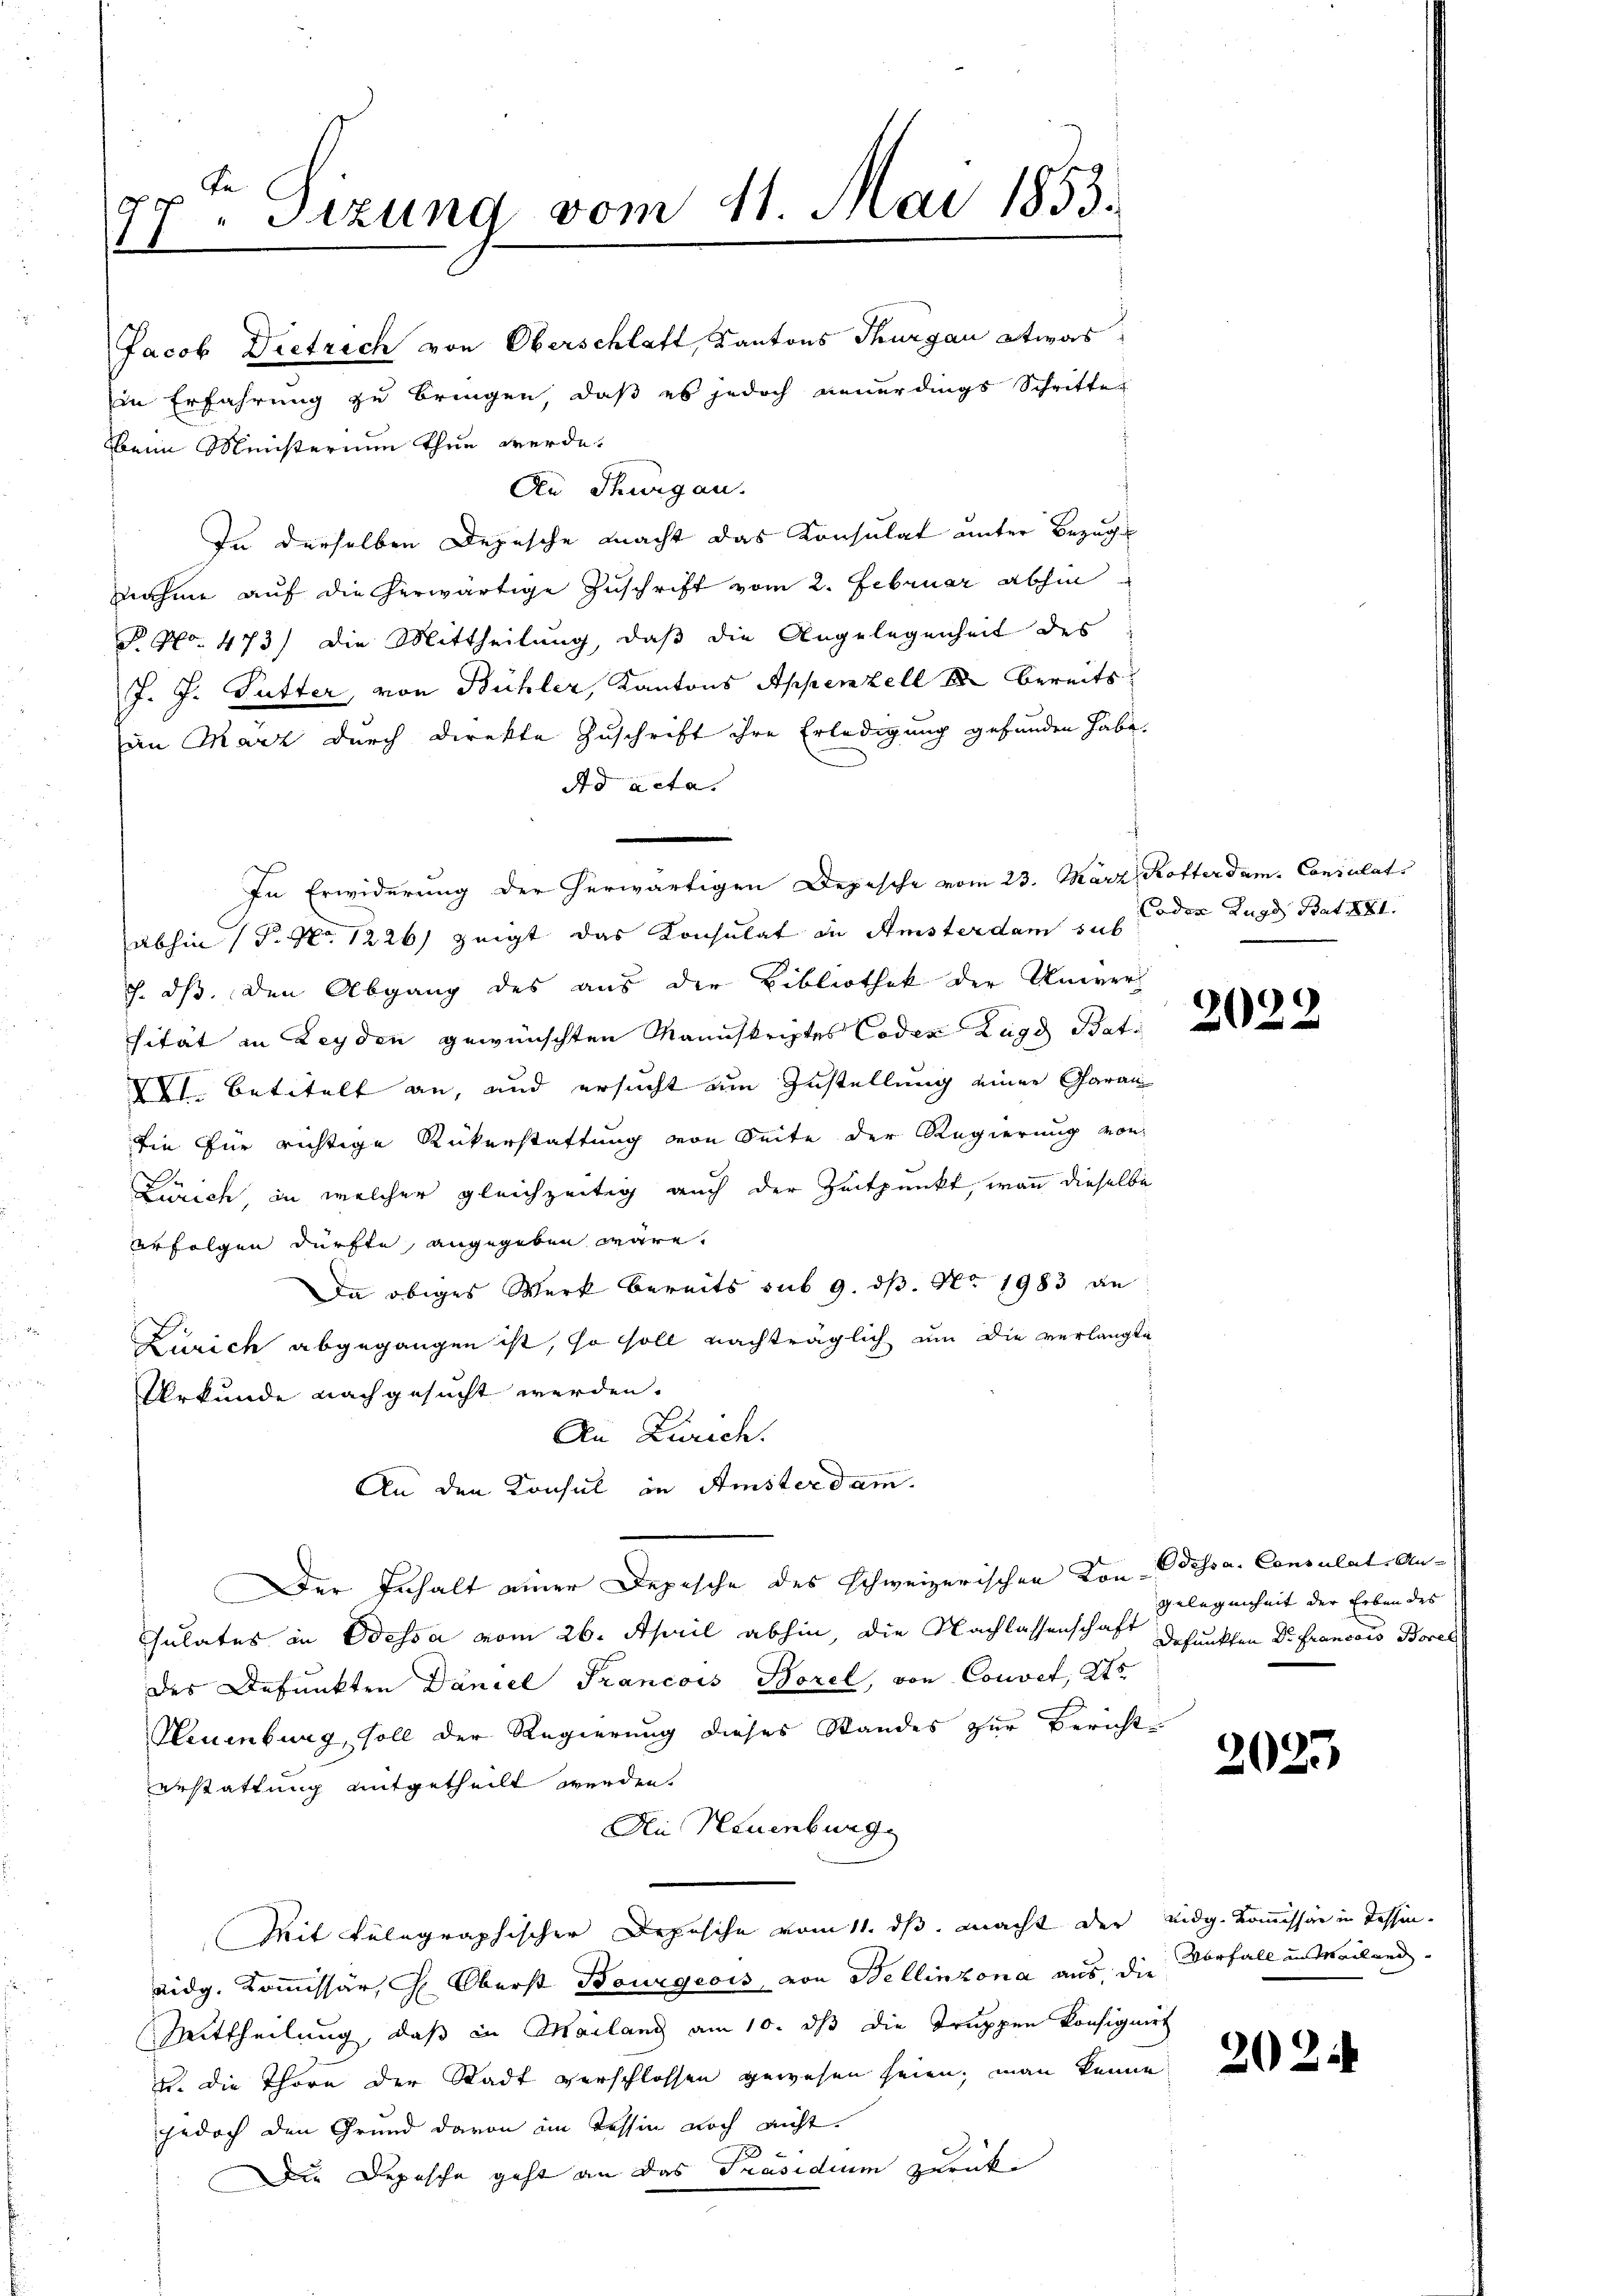
x. Sizung vom 11. Mai 1853.
11

Jacob Dietrich von Oberschlaft, Kantons Thurgau etwas
in Erfahrung zu bringen, daß es jedoch neuerdings Schritte
beim Ministerium thun werde.
An Thurgau.
In derselben Depesche macht das Konsulat unter Bezug
nnahme auf die herwärtige Zuschrift vom 2. Februar abhin
P. Nr. 473) die Mittheilung, daß die Angelegenheit des
J. J. Sutter, von Bühler, Kantons Appenzell A. bereits
den März durch Direkte Zuschrift ihre Erledigung gefunden habe.
Ad acta.
abhin (P. Nr. 1226) zeigt das Konsulat in Amsterdam in den Zuge Bat XXXI
J. dß. Den Abgang des aus der Bibliothek der Univer-
sität in Leyden gewünschten Manuskriptes Coden Zuge Stat.
XVI. betitelt an, und ersucht um Zustellung einer Garan
die für richtige Rükerstattung von Seite der Regierung von
Zürich, in welcher gleichzeitig auch der Zeitpunkt, wann dieselbe
erfolgen dürfte, angegeben wäre.
Da obiges Werk bereits sub 9. ds. No. 1983 an
Zürich abgegangen ist, so soll nachträglich um die verlangte
Urkunde nachgesucht werden.
An Zürich.
An den Konsul in Amsterdam.
Der Inhalt einer Depesche des schweizerischen Von dessa. Consulat Ansulates in Odessa vom 26. April abhin, die Nachlassenschaft gefunkten Dr. Francois Borel
des Befunkten Daniel Francois Borel, von Convet, 2te
Neuenburg, soll der Regierung dieses Standes zur Bericht
erstattung mitgetheilt werden.
An Neuenburg
Mit telegraphischer Depesche vom 11. ds. macht der Eidg. Kommissio in Tessineidg. Kommissär, H. Oberst Bourgeois, von Bellinzona aus, die Vorfall an Weilend
Mittheilung, daß in Mailand am 10. ds die Truppen konsignirt
u. die Thöre der Stadt verschlossen gewesen seien, man kenne
jedoch den Grund davon im Tessin noch nicht.
Die Depesche geht an das Präsidium zurücke

In Erwiderung der herwärtigen Depesche vom 23. März Kofterdam. Consulat

2022

Gelegenheit der Erben des

2025

202